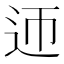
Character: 迊